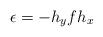
LaTeX: \begin{align*}\epsilon=-h_yfh_x\end{align*}